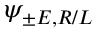
\psi _ { \pm E , R / L }